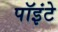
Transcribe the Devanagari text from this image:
पॉइंटे